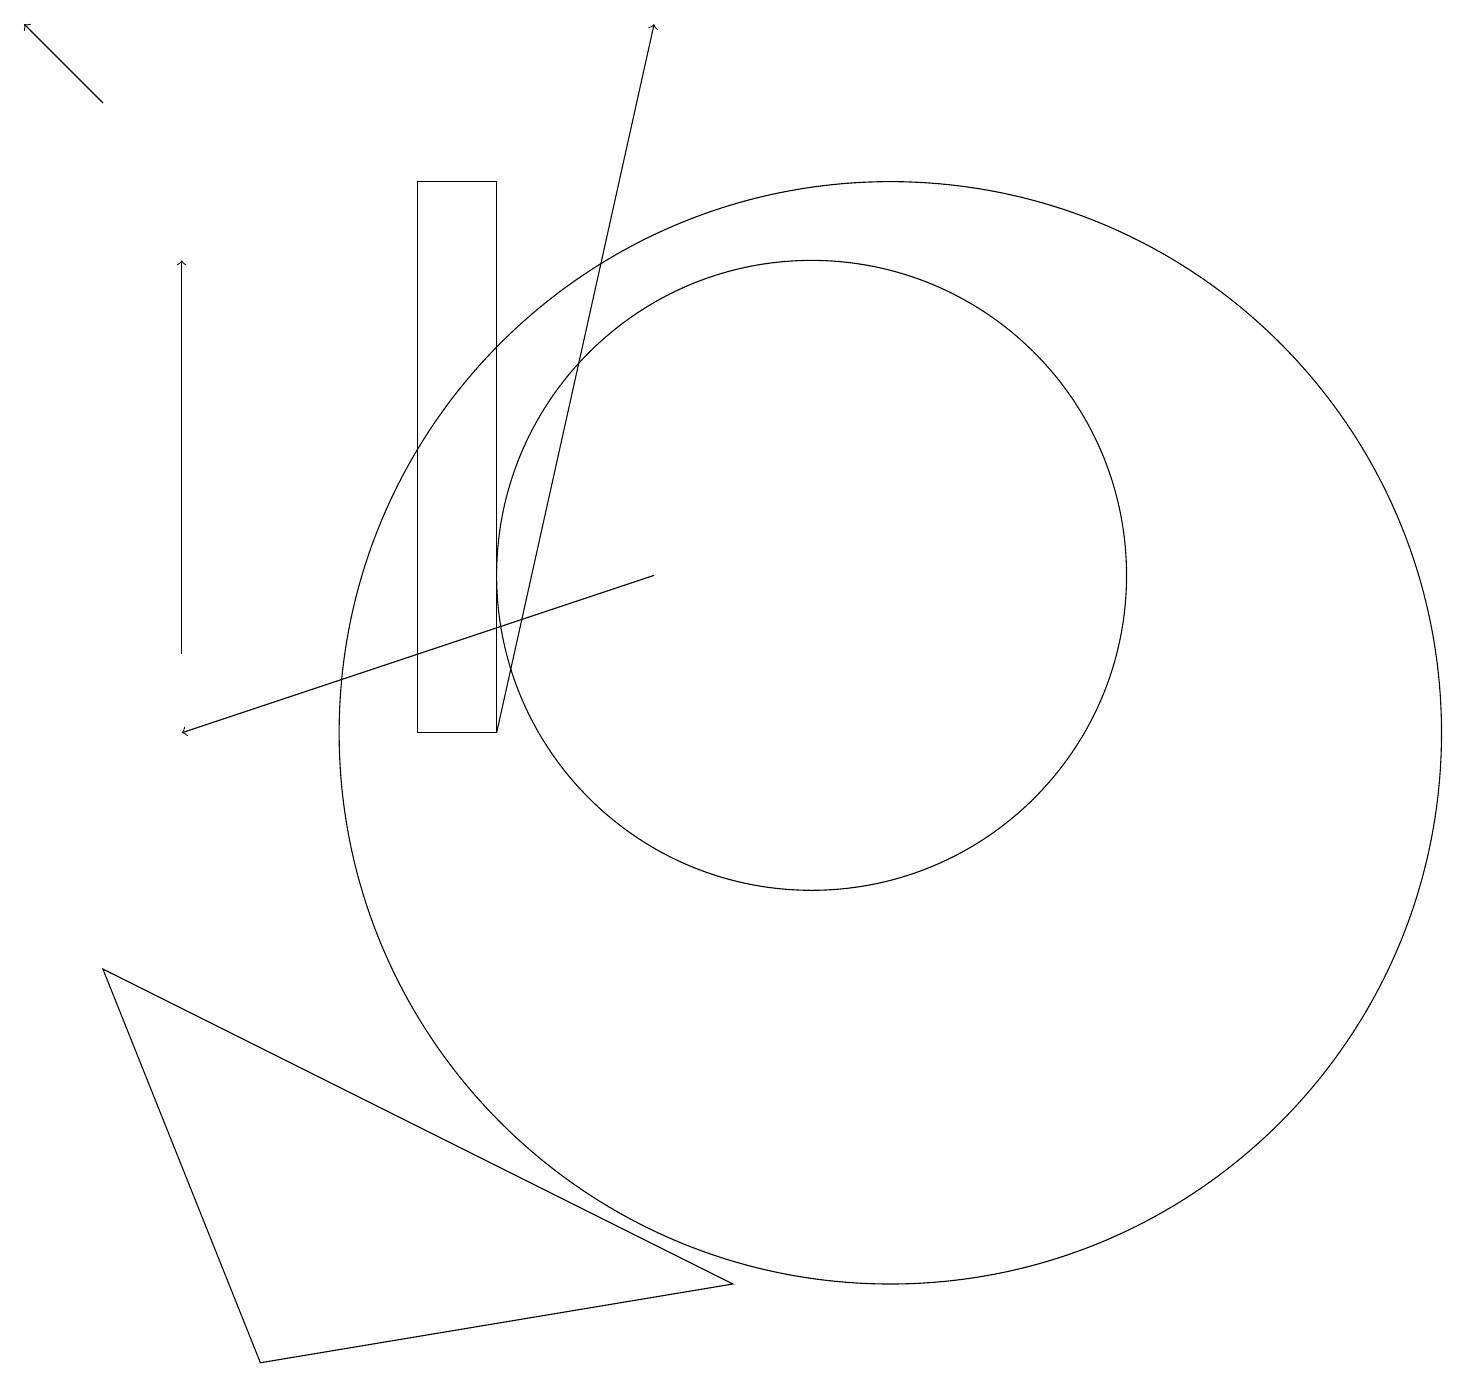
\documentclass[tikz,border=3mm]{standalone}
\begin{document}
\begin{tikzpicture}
\draw (11,10) circle (7);
\draw[->] (1,18) -- (0,19);
\draw[->] (8,12) -- (2,10);
\draw (3,2) -- (9,3) -- (1,7) -- cycle;
\draw[->] (2,11) -- (2,16);
\draw[->] (6,10) -- (8,19);
\draw (5,10) rectangle (6,17);
\draw (10,12) circle (4);
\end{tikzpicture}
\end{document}